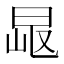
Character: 𣆠